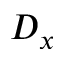
D _ { x }